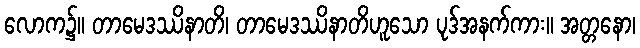
လောက၌။ တာမေဒဿိနာတိ၊ တာမေဒဿိနာတိဟူသော ပုဒ်အနက်ကား။ အတ္တနော၊